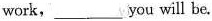
work,____ will be.